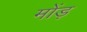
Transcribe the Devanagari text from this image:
मोंड़